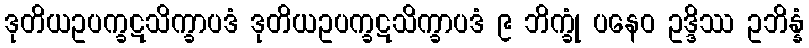
ဒုတိယဥပက္ခဋသိက္ခာပဒံ ဒုတိယဥပက္ခဋသိက္ခာပဒံ ၉ ဘိက္ခုံ ပနေဝ ဥဒ္ဒိဿ ဥဘိန္နံ